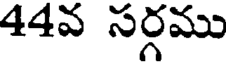
44వ సర్గము